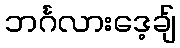
ဘင်္ဂလားဒေ့ချ်